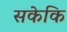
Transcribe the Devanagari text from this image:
सकेकि